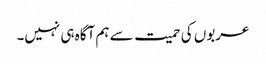
عربوں کی حمیت سے ہم آگاہ ہی نہیں۔